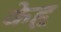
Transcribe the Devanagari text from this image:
केहृ